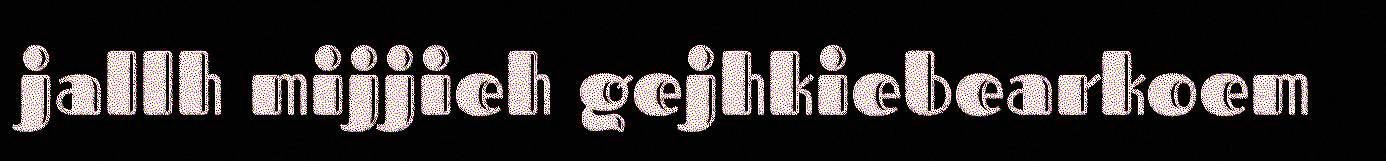
jallh mijjieh gejhkiebearkoem